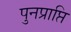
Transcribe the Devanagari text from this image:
पुनप्राप्ति